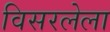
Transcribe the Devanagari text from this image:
विसरलेला